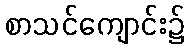
စာသင်ကျောင်း၌